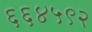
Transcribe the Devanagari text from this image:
६६४५९२